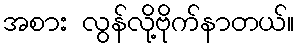
အစား လွန်လို့ဗိုက်နာတယ်။